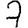
Digit: 7